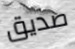
صديق